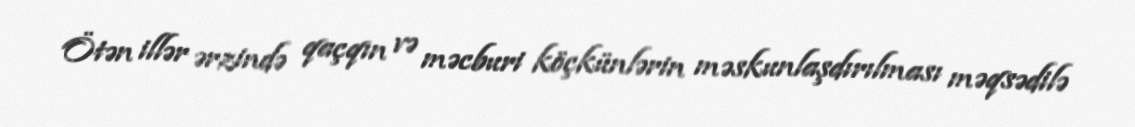
Ötən illər ərzində qaçqın və məcburi köçkünlərin məskunlaşdırılması məqsədilə